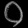
Digit: ၀